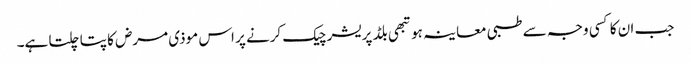
جب ان کا کسی وجہ سے طبی معاینہ ہو تبھی بلڈ پریشر چیک کرنے پر اس موذی مرض کا پتا چلتا ہے۔